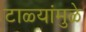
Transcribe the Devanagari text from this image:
टाळ्यांमुळे